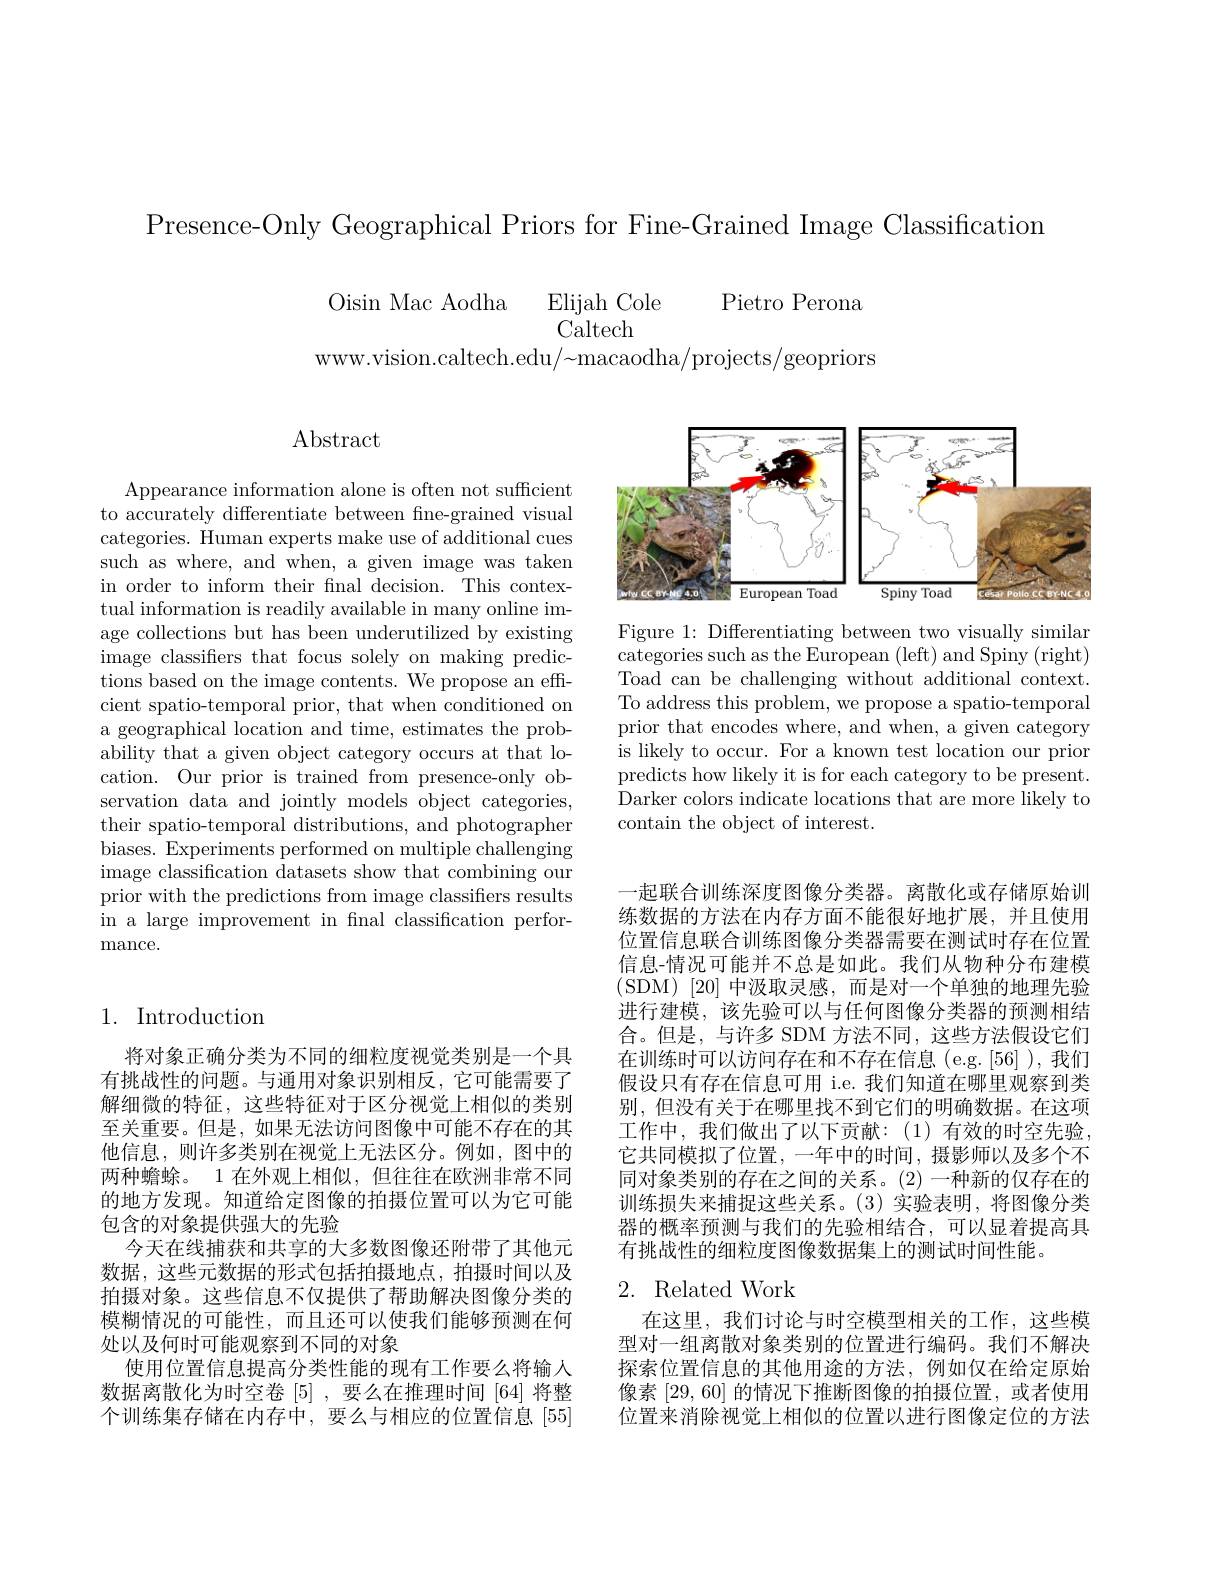
Presence-Only Geographical Priors for Fine-Grained Image Classification

Oisin Mac Aodha Elijah Cole Pietro Perona www.vision.caltech.edu/~macaodha/projects/geopriors

## Abstract

Appearance information alone is often not sufficient to accurately differentiate between fne-grained visual categories. Human experts make use of additional cues such as where, and when, a given image was taken in order to inform their fnal decision. This contextual information is readily available in many online image collections but has been underutilized by existing image classifiers that focus solely on making predictions based on the image contents. We propose an effcient spatio-temporal prior, that when conditioned on a geographical location and time, estimates the probability that a given object category occurs at that location. Our prior is trained from presence-only observation data and jointly models object categories, their spatio-temporal distributions, and photographer biases. Experiments performed on multiple challenging image classification datasets show that combining our prior with the predictions from image classifiers results in a large improvement in fnal classification performance.

## 1. Introduction

将对象正确分类为不同的细粒度视觉类别是一个具有挑战性的问题。与通用对象识别相反，它可能需要了解细微的特征，这些特征对于区分视觉上相似的类别至关重要。但是，如果无法访问图像中可能不存在的其他信息，则许多类别在视觉上无法区分。例如，图中的两种蟾蜍。1 在外观上相似，但往往在欧洲非常不同的地方发现。知道给定图像的拍摄位置可以为它可能包含的对象提供强大的先验
今天在线捕获和共享的大多数图像还附带了其他元数据，这些元数据的形式包括拍摄地点，拍摄时间以及拍摄对象。这些信息不仅提供了帮助解决图像分类的模糊情况的可能性，而且还可以使我们能够预测在何处以及何时可能观察到不同的对象
使用位置信息提高分类性能的现有工作要么将输入数据离散化为时空卷[5] ,要么在推理时间 [64] 将整个训练集存储在内存中，要么与相应的位置信息[55]

<FigureHere>

Figure 1: Differentiating between two visually similar categories such as the European (left) and Spiny (right) Toad can be challenging without additional context. To address this problem, we propose a spatio-temporal prior that encodes where, and when, a given category is likely to occur. For a known test location our prior predicts how likely it is for each category to be present. Darker colors indicate locations that are more likely to contain the object of interest.

一起联合训练深度图像分类器。离散化或存储原始训练数据的方法在内存方面不能很好地扩展，并且使用位置信息联合训练图像分类器需要在测试时存在位置信息-情况可能并不总是如此。我们从物种分布建模(SDM)[20]中汲取灵感，而是对一个单独的地理先验进行建模，该先验可以与任何图像分类器的预测相结合。但是，与许多 SDM 方法不同，这些方法假设它们在训练时可以访问存在和不存在信息(e.g.[56]),我们假设只有存在信息可用 i.e. 我们知道在哪里观察到类别，但没有关于在哪里找不到它们的明确数据。在这项工作中，我们做出了以下贡献：(1)有效的时空先验， 它共同模拟了位置，一年中的时间，摄影师以及多个不同对象类别的存在之间的关系。(2)一种新的仅存在的训练损失来捕捉这些关系。(3)实验表明，将图像分类器的概率预测与我们的先验相结合，可以显着提高具有挑战性的细粒度图像数据集上的测试时间性能。

## 2. Related Work

在这里，我们讨论与时空模型相关的工作，这些模型对一组离散对象类别的位置进行编码。我们不解决探索位置信息的其他用途的方法，例如仅在给定原始像素$\left[29,60\right]$的情况下推断图像的拍摄位置，或者使用位置来消除视觉上相似的位置以进行图像定位的方法